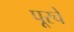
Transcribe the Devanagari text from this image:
पूरचे